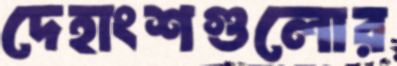
দেহাংশগুলোর